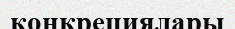
конкрециялары